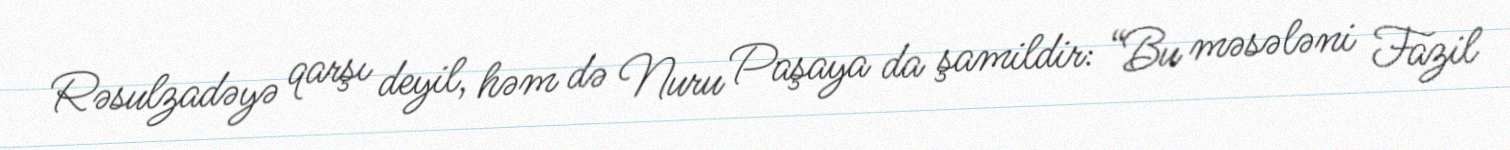
Rəsulzadəyə qarşı deyil, həm də Nuru Paşaya da şamildir: “Bu məsələni Fazil